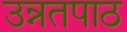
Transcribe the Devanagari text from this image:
उन्नतपाठ